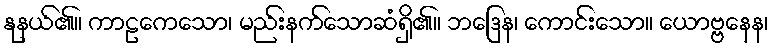
နုနယ်၏။ ကာဠကေသော၊ မည်းနက်သောဆံရှိ၏။ ဘဒြေန၊ ကောင်းသော။ ယောဗ္ဗနေန၊